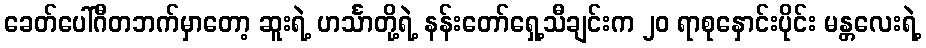
ခေတ်ပေါ်ဂီတဘက်မှာတော့ ဆူးရဲ့ ဟင်္သာတို့ရဲ့ နန်းတော်ရှေ့သီချင်းက ၂၀ ရာစုနှောင်းပိုင်း မန္တလေးရဲ့